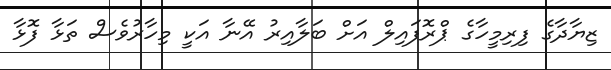
ޒިޔާދާގެ ފިރިމީހާގެ ޕްރޮފައިލް އަށް ބަލާއިރު އޭނާ އަކީ މިހާރުވެސް ތަޅާ ފޮޅާ